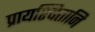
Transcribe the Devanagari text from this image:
प्रायश्चित्तानि